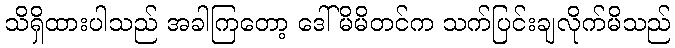
သိရှိထားပါသည် အခါကြတော့ ဒေါ်မိမိတင်က သက်ပြင်းချလိုက်မိသည်